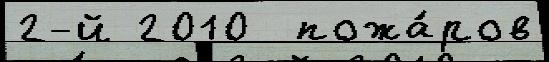
2-й 2010  пожа́ров